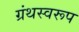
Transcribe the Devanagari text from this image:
ग्रंथस्वरूप